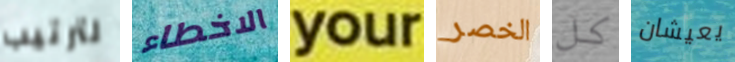
لترتيب الاخطاء your الخصر كل يعيشان